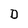
Character: D